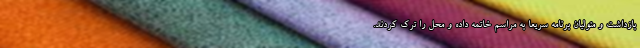
بازداشت و متولیان برنامه سریعا به مراسم خاتمه داده و محل را ترک کردند.